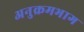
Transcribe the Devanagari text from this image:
अनुक्रमभाग